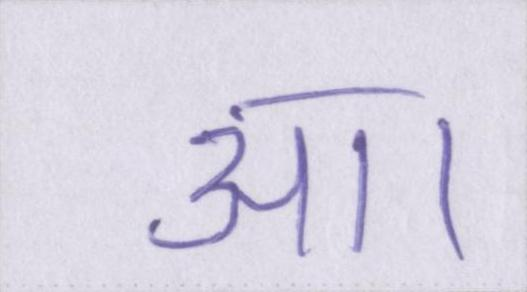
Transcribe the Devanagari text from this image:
आ।